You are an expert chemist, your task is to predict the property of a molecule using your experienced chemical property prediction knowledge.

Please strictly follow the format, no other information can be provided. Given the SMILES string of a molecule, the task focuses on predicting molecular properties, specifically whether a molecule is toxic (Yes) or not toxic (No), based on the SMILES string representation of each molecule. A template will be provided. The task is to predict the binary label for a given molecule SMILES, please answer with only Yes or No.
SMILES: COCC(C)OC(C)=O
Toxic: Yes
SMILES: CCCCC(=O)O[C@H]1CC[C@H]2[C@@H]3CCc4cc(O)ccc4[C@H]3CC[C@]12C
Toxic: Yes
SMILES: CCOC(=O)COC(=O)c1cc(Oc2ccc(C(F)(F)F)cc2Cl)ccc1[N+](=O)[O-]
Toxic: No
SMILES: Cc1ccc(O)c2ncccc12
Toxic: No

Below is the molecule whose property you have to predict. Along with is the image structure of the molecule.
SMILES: CC(C)(C)CC(C)(C)c1ccc(O)c(Cc2ccc(Cl)cc2Cl)c1
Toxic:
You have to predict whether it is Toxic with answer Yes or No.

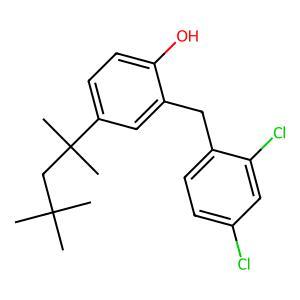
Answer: No